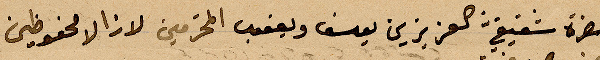
حضرة شقيق العزيزين يوسف ويعقوب المحترمين لا زالا محفوظين